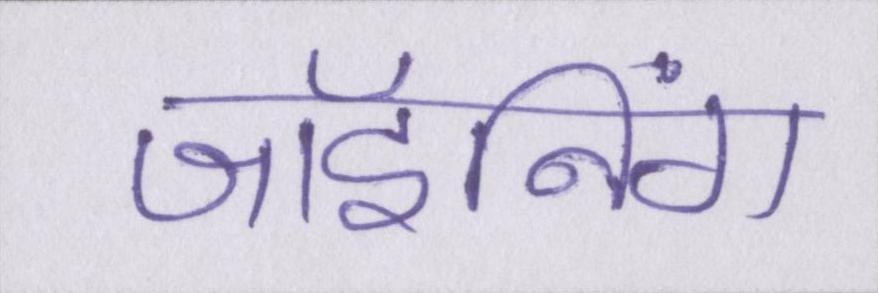
जॉइनिंग